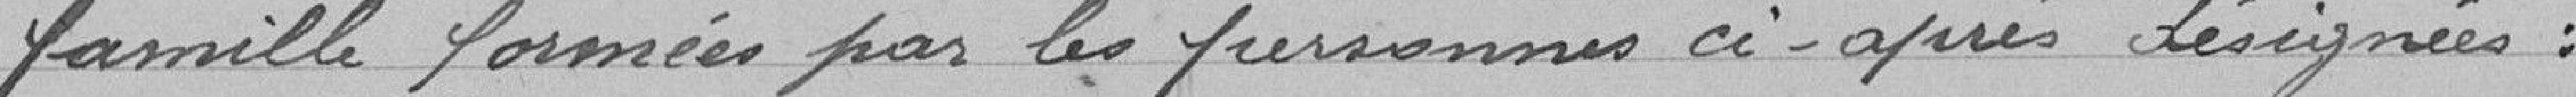
famille formées par les personnes ci-après désignées :